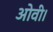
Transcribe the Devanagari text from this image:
ओवी।